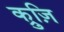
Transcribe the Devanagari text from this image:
क्रुज़ि